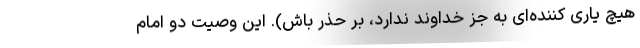
هیچ یاری کننده‌ای به جز خداوند ندارد، بر حذر باش). این وصیت دو امام